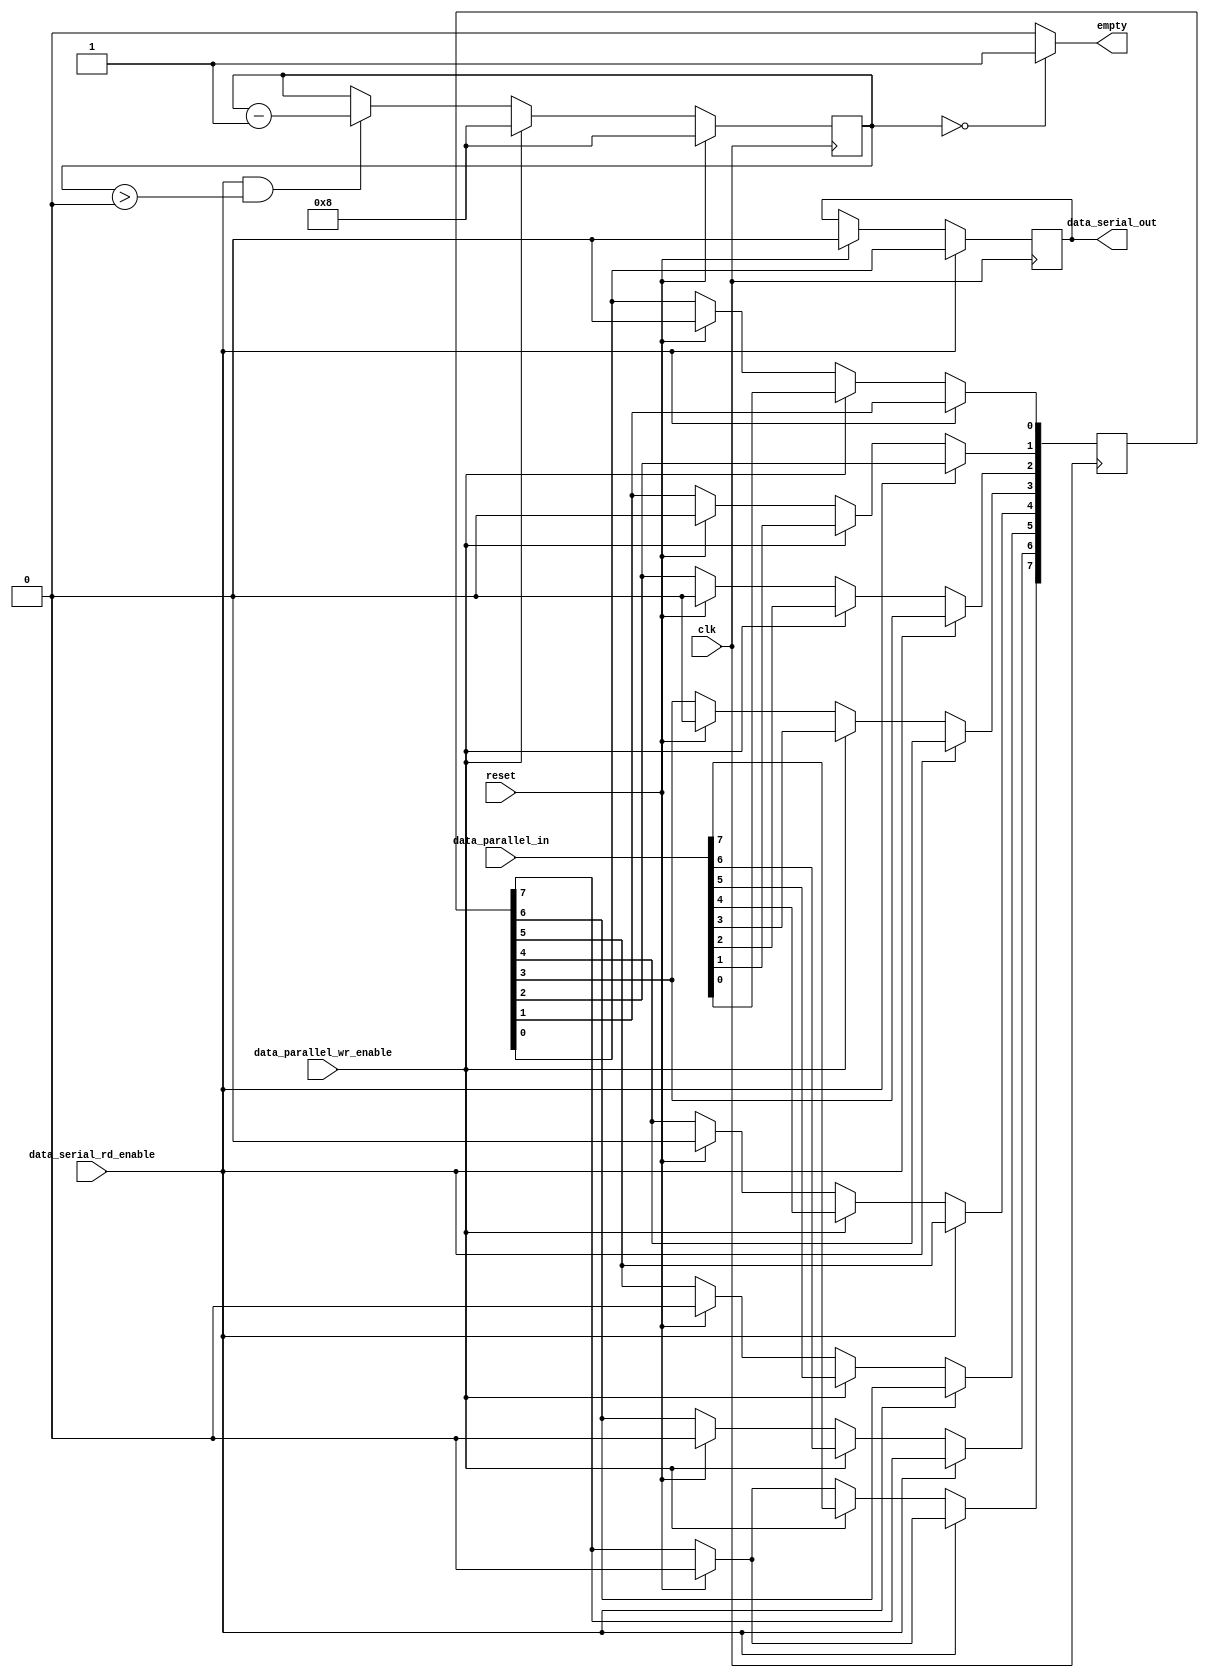
module tx_buffer#(
	parameter WORD_SIZE	=8,     //shoud be same as the # of data bits in UART
	parameter NO_OF_WORDS=1		  //buffer  multiple word transactions
)
(
    input clk,
    input reset,
    input[WORD_SIZE*NO_OF_WORDS-1:0] data_parallel_in,
	 input data_parallel_wr_enable,
	 input data_serial_rd_enable,
    output reg data_serial_out,
	 output empty
    );
	 
localparam WIDTH=WORD_SIZE*NO_OF_WORDS;
localparam COUNTER_WIDTH=logb2(WIDTH+1);
reg[COUNTER_WIDTH-1:0] buffer_empty_counter;
reg[WIDTH-1:0] memory;

function integer logb2;
  input [31:0] in;
  integer i;
  begin
    i = in;
      for(logb2=1; i>0; logb2=logb2+1)
        i = i >> 1;
  end
endfunction


integer j;
//write to memory parallely and read from memory serially
always@(posedge clk)begin
	if(reset)begin
		data_serial_out<=1'b0;
		for (j = 0; j <WIDTH; j = j + 1)
			memory[j] <=1'b0;
	end
	if(data_serial_rd_enable)begin
		data_serial_out<=memory[0];
		for (j = 0; j <WIDTH-1; j = j + 1) begin: SHIFT
				memory[j]<=memory[j+1];
		end
	end
	else if(data_parallel_wr_enable)begin
		memory<=data_parallel_in;
	end
end




always@(posedge clk)begin
	if(reset) 
		buffer_empty_counter<=WIDTH;
	else if(data_parallel_wr_enable)
		buffer_empty_counter<=WIDTH;
	else if(data_serial_rd_enable && buffer_empty_counter>{{COUNTER_WIDTH}{1'b0}})
		buffer_empty_counter<=buffer_empty_counter - {{{COUNTER_WIDTH-1}{1'b0}},1'b1};
end

assign empty=(buffer_empty_counter=={{{COUNTER_WIDTH-1}{1'b0}},1'b0})?1'b1:1'b0;//

endmodule